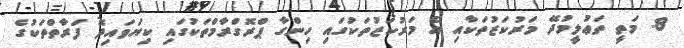
8. މަތީ ތަޢުލީމުދޭ މަރުކަޒުތަކާއި އެ މަރުކަޒުތަކުގައި ހިންގާ ޕްރޮގްރާމްތަކުގައި ކިޔަވައިދޭ ފަރާތްތަކުގެ